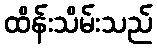
ထိန်းသိမ်းသည်